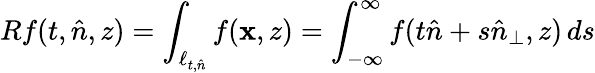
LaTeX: Rf(t,\hat{n},z)=\int_{\ell_{t,\hat{n}}}f(\mathbf{x},z)=\int_{-\infty}^{\infty}f(t\hat{n}+s\hat{n}_{\perp},z)\, ds